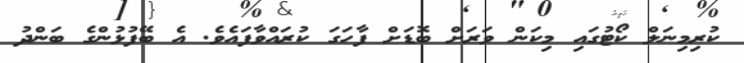
ކުރިމިނަލް ކޯޓުގައި މިކަން ވަރަށް ބޮޑަށް ފާހަގަ ކުރައްވާފައެވެ. އެ ބޭފުޅުންގެ ބަންދު